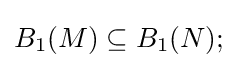
B_{1}(M)\subseteq B_{1}(N);